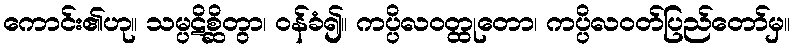
ကောင်း၏ဟု။ သမ္ပဋိစ္ဆိတွာ၊ ဝန်ခံ၍။ ကပ္ပိလဝတ္ထုတော၊ ကပ္ပိလဝတ်ပြည်တော်မှ။